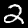
Label: 2